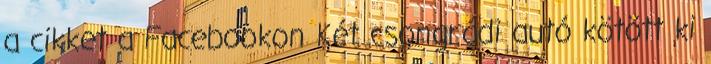
a cikket a Facebookon Két csongrádi autó kötött ki